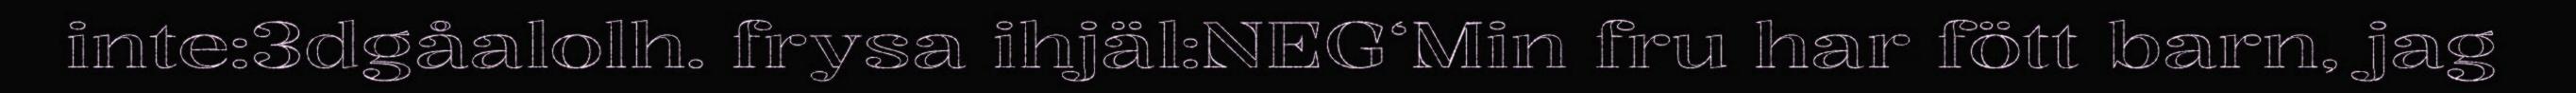
inte:3dgåalolh. frysa ihjäl:NEG‘Min fru har fött barn, jag